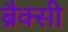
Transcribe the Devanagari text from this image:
ब्रैक्सी